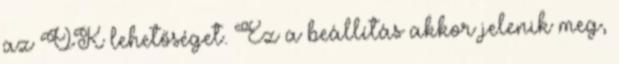
az OK lehetőséget. Ez a beállítás akkor jelenik meg,